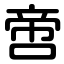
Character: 啻